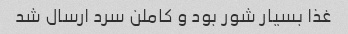
غذا بسیار شور بود و کاملن سرد ارسال شد